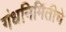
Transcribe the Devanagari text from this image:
गंधनिर्मितीचे